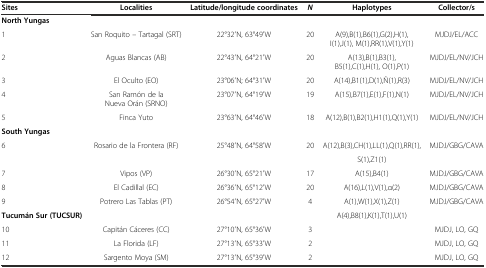
<table><thead><tr><td><b>Sites</b></td><td><b>Localities</b></td><td><b>Latitude/longitude coordinates</b></td><td><b><i>N</i></b></td><td><b>Haplotypes</b></td><td><b>Collector/s</b></td></tr></thead><tbody><tr><td><b>North Yungas</b></td><td></td><td></td><td></td><td></td><td></td></tr><tr><td>1</td><td>San Roquito – Tartagal (SRT)</td><td>22°32′N, 63°49′W</td><td>20</td><td>A(9),B(1),B6(1),G(2),H(1),I(1),J(1), M(1),RR(1),V(1),Y(1)</td><td>MJDJ/EL/ACC</td></tr><tr><td>2</td><td>Aguas Blancas (AB)</td><td>22°43′N, 64°21′W</td><td>20</td><td>A(13),B(1),B3(1),B5(1),C(1),H(1), O(1),P(1)</td><td>MJDJ/EL/NV/JCH</td></tr><tr><td>3</td><td>El Oculto (EO)</td><td>23°06′N; 64°31′W</td><td>20</td><td>A(14),B1(1),D(1),Ñ(1),R(3)</td><td>MJDJ/EL/NV/JCH</td></tr><tr><td>4</td><td>San Ramón de la Nueva Orán (SRNO)</td><td>23°07′N, 64°19′W</td><td>19</td><td>A(15),B7(1),E(1),F(1),N(1)</td><td>MJDJ/EL/NV/JCH</td></tr><tr><td>5</td><td>Finca Yuto</td><td>23°63′N, 64°46′W</td><td>18</td><td>A(12),B(1),B2(1),H1(1),Q(1),Y(1)</td><td>MJDJ/EL/NV/JCH</td></tr><tr><td><b>South Yungas</b></td><td></td><td></td><td></td><td></td><td></td></tr><tr><td>6</td><td>Rosario de la Frontera (RF)</td><td>25°48′N, 64°58′W</td><td>20</td><td>A(12),B(3),CH(1),LL(1),Q(1),RR(1),</td><td>MJDJ/GBG/CAVA</td></tr><tr><td></td><td></td><td></td><td></td><td>S(1),Z1(1)</td><td></td></tr><tr><td>7</td><td>Vipos (VP)</td><td>26°30′N, 65°21′W</td><td>17</td><td>A(15),B4(1)</td><td>MJDJ/GBG/CAVA</td></tr><tr><td>8</td><td>El Cadillal (EC)</td><td>26°36′N, 65°12′W</td><td>20</td><td>A(16),L(1),V(1),α(2)</td><td>MJDJ/GBG/CAVA</td></tr><tr><td>9</td><td>Potrero Las Tablas (PT)</td><td>26°54′N, 65°27′W</td><td>4</td><td>A(1),W(1),X(1),Z(1)</td><td>MJDJ/GBG/CAVA</td></tr><tr><td><b>Tucumán Sur (TUCSUR)</b></td><td></td><td></td><td></td><td>A(4),B8(1),K(1),T(1),U(1)</td><td></td></tr><tr><td>10</td><td>Capitán Cáceres (CC)</td><td>27°10′N, 65°36′W</td><td>3</td><td></td><td>MJDJ, LO, GQ</td></tr><tr><td>11</td><td>La Florida (LF)</td><td>27°13′N, 65°33′W</td><td>2</td><td></td><td>MJDJ, LO, GQ</td></tr><tr><td>12</td><td>Sargento Moya (SM)</td><td>27°13′N, 65°39′W</td><td>2</td><td></td><td>MJDJ, LO, GQ</td></tr></tbody></table>